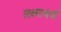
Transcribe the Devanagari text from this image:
लक्ष्माचर्या